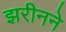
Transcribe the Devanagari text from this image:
झरीनने